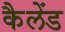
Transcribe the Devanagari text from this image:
कैलेंड